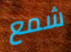
شمع